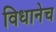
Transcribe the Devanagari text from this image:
विधानेच